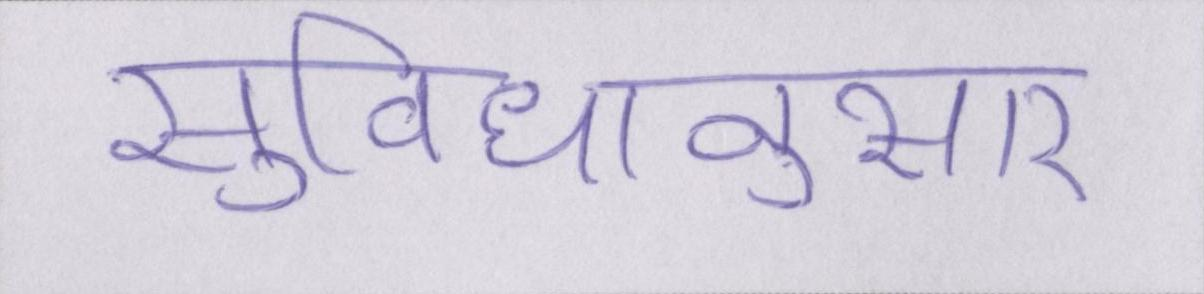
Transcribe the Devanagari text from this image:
सुविधानुसार